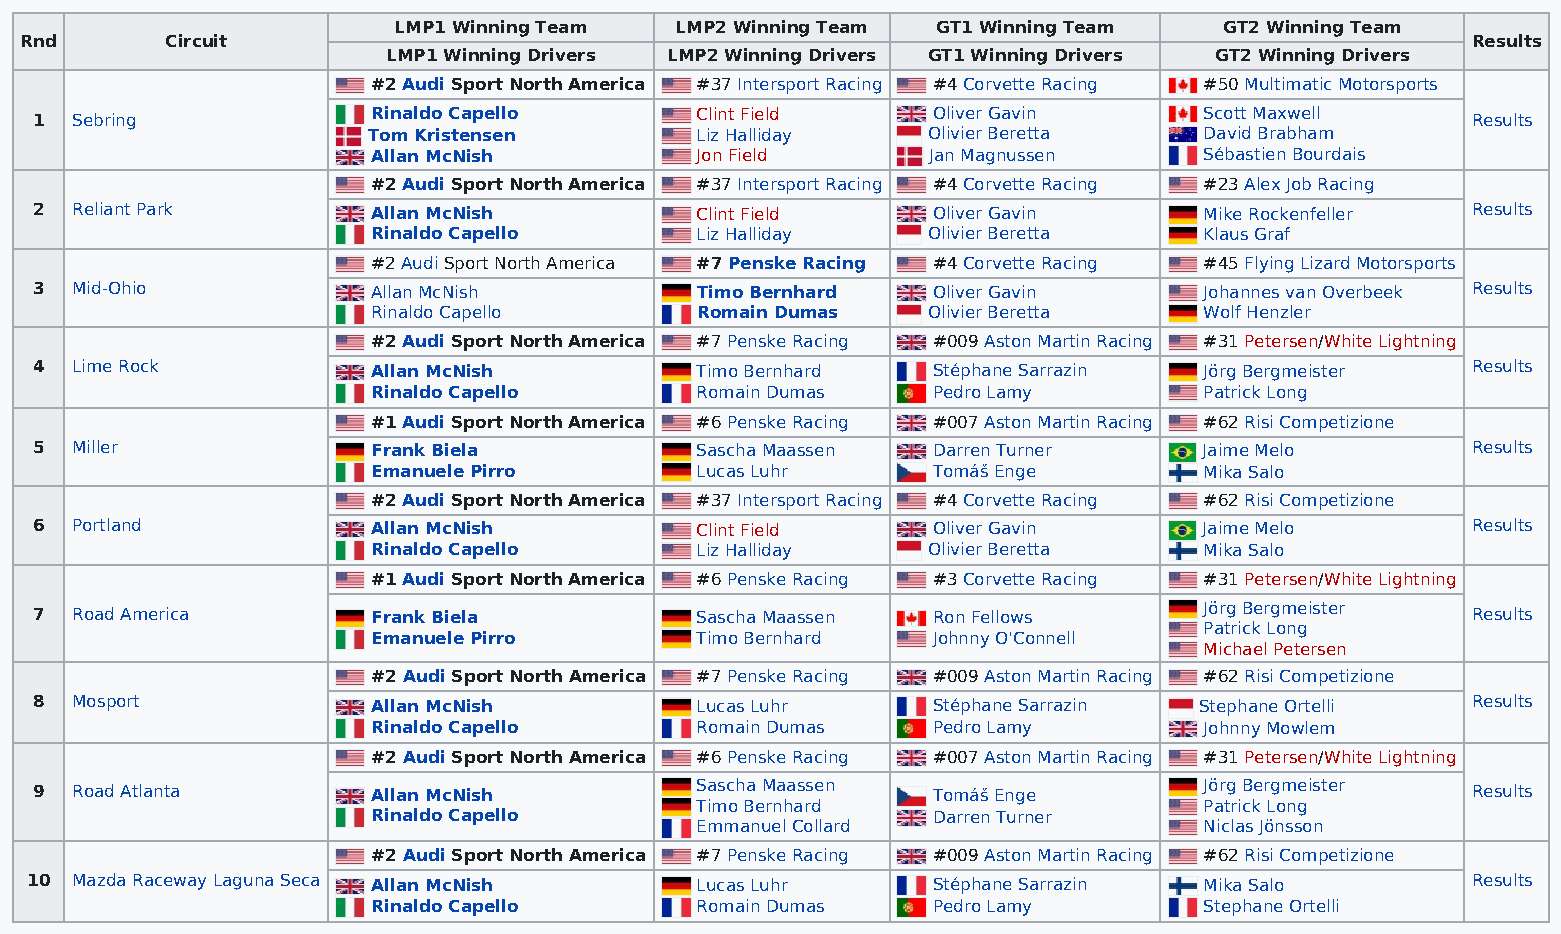
LMP1 Winning Team  LMP2 Winning Team GT1 Winning Team  GT2 Winning Team
 Rnd       Circuit                                                                               Results
 LMP1 Winning Drivers LMP2 Winning Drivers GT1 Winning Drivers GT2 Winning Drivers
 #2 Audi Sport North America #37 Intersport Racing #4 Corvette Racing #50 Multimatic Motorsports
 1  Sebring             Rinaldo Capello      Clint Field     Oliver Gavin      Scott Maxwell    Results
 Tom Kristensen        Liz Halliday   Olivier Beretta    David Brabham
 Allan McNish         Jon Field      Jan Magnussen      Sébastien Bourdais
 #2 Audi Sport North America #37 Intersport Racing #4 Corvette Racing #23 Alex Job Racing
 2  Reliant Park        Allan McNish         Clint Field     Oliver Gavin      Mike Rockenfeller Results
 Rinaldo Capello      Liz Halliday   Olivier Beretta    Klaus Graf
 #2 Audi Sport North America #7 Penske Racing #4 Corvette Racing #45 Flying Lizard Motorsports
 3  Mid-Ohio            Allan McNish         Timo Bernhard   Oliver Gavin      Johannes van Overbeek Results
 Rinaldo Capello      Romain Dumas   Olivier Beretta    Wolf Henzler
 #2 Audi Sport North America #7 Penske Racing #009 Aston Martin Racing #31 Petersen/White Lightning
 4  Lime Rock           Allan McNish         Timo Bernhard   Stéphane Sarrazin Jörg Bergmeister Results
 Rinaldo Capello      Romain Dumas    Pedro Lamy        Patrick Long
 #1 Audi Sport North America #6 Penske Racing #007 Aston Martin Racing #62 Risi Competizione
 5  Miller              Frank Biela          Sascha Maassen  Darren Turner     Jaime Melo       Results
 Emanuele Pirro       Lucas Luhr      Tomáš Enge        Mika Salo
 #2 Audi Sport North America #37 Intersport Racing #4 Corvette Racing #62 Risi Competizione
 6  Portland            Allan McNish         Clint Field     Oliver Gavin      Jaime Melo       Results
 Rinaldo Capello      Liz Halliday   Olivier Beretta    Mika Salo
 #1 Audi Sport North America #6 Penske Racing #3 Corvette Racing #31 Petersen/White Lightning
 7  Road America        Frank Biela          Sascha Maassen  Ron Fellows       Jörg Bergmeister Results
 Patrick Long
 Emanuele Pirro       Timo Bernhard   Johnny O'Connell
 Michael Petersen
 #2 Audi Sport North America #7 Penske Racing #009 Aston Martin Racing #62 Risi Competizione
 8  Mosport             Allan McNish         Lucas Luhr      Stéphane Sarrazin Stephane Ortelli Results
 Rinaldo Capello      Romain Dumas    Pedro Lamy        Johnny Mowlem
 #2 Audi Sport North America #6 Penske Racing #007 Aston Martin Racing #31 Petersen/White Lightning
 9  Road Atlanta        Allan McNish         Sascha Maassen  Tomáš Enge        Jörg Bergmeister Results
 Timo Bernhard                     Patrick Long
 Rinaldo Capello                      Darren Turner
 Emmanuel Collard                  Niclas Jönsson
 #2 Audi Sport North America #7 Penske Racing #009 Aston Martin Racing #62 Risi Competizione
 10 Mazda Raceway Laguna Seca Allan McNish   Lucas Luhr      Stéphane Sarrazin Mika Salo        Results
 Rinaldo Capello      Romain Dumas    Pedro Lamy        Stephane Ortelli